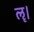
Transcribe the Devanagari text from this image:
ॡ।